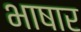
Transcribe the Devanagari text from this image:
भाषार